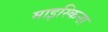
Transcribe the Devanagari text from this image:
माइस्किना